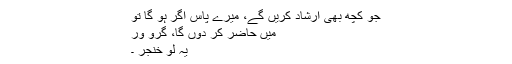
جو کچھ بھی ارشاد کریں گے، میرے پاس اگر ہو گا تو
میں حاضر کر دوں گا، گرو ور
یہ لو خنجر ۔